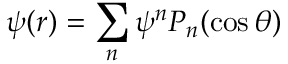
\psi ( r ) = \sum _ { n } \psi ^ { n } P _ { n } ( \cos \theta )